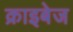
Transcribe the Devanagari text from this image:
क्राइबेज